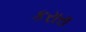
કરારા